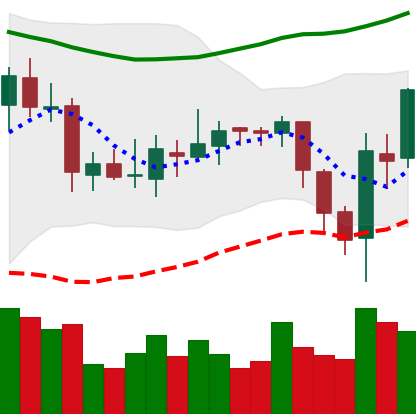
Ticker: ETC-USD
Chart end date: 2018-08-05
Forward return: -19.201%
Label: down_7plus